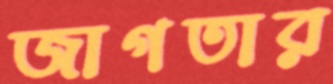
জাগতার